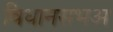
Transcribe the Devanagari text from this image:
विधानसभअ